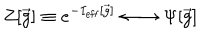
Z [ { \vec { g } } ] \equiv e ^ { - I _ { \mathrm { e f f } } [ { \vec { g } } ] } \leftarrow \rightarrow \Psi [ { \vec { g } } ]